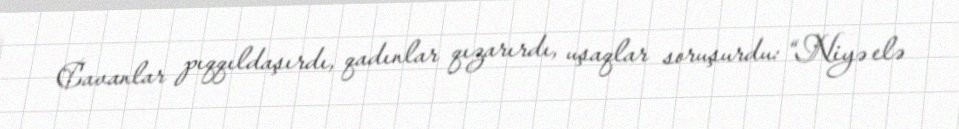
Cavanlar pıqqıldaşırdı, qadınlar qızarırdı, uşaqlar soruşurdu: “Niyə elə